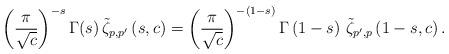
LaTeX: \begin{align*}\left(\frac{\pi}{\sqrt{c}}\right)^{-s}\Gamma(s)\,\tilde{\zeta}_{p,p^{\prime}}\left(s,c\right)=\left(\frac{\pi}{\sqrt{c}}\right)^{-(1-s)}\Gamma\left(1-s\right)\,\tilde{\zeta}_{p^{\prime},p}\left(1-s,c\right).\end{align*}